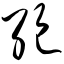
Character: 绝